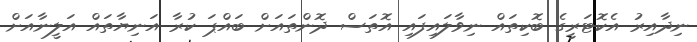
ނިދާއިރު އެކޮޓަރީގެ ބޮކިތައް ނިވާލައިފައި އޮތަސް ދޮންތައަށް ބައްޕަ ކުރާ އަނިޔާތައް އަލީނާއަށް